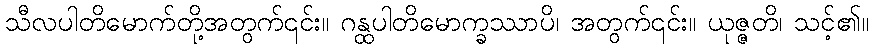
သီလပါတိမောက်တို့အတွက်၎င်း။ ဂန္ထပါတိမောက္ခဿာပိ၊ အတွက်၎င်း။ ယုဇ္ဇတိ၊ သင့်၏။